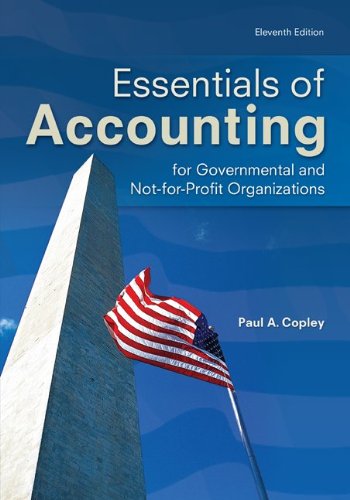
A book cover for Essentials of Accounting for Governmental and Not-for-Profit Organizations; Paul Copley; Business & Money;